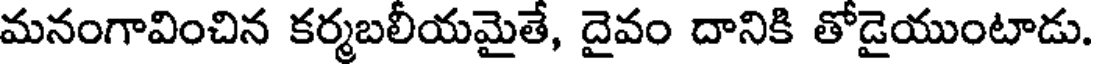
మనంగావించిన కర్మబలీయమైతే, దైవం దానికి తోడైయుంటాడు.